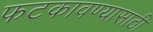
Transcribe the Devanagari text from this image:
फटकावण्यासाठी